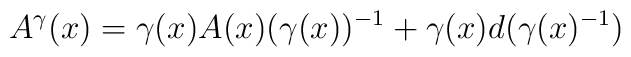
A^\gamma(x)= \gamma(x) A(x) (\gamma(x))^{-1}+ \gamma(x)d(\gamma(x)^{-1})